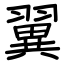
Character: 翼